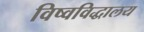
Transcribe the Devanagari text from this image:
विष्वविद्धालय